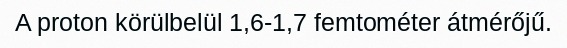
A proton körülbelül 1,6-1,7 femtométer átmérőjű.